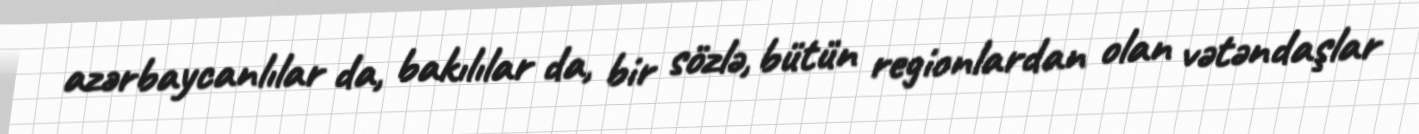
azərbaycanlılar da, bakılılar da, bir sözlə, bütün regionlardan olan vətəndaşlar